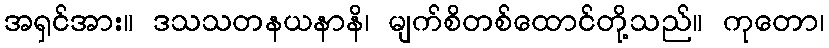
အရှင်အား။ ဒသသတနယနာနိ၊ မျက်စိတစ်ထောင်တို့သည်။ ကုတော၊